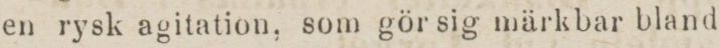
en rysk agitation, som gör sig märkbar bland